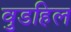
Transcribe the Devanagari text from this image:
वुडहिल